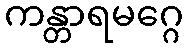
ကန္တာရမဂ္ဂေ